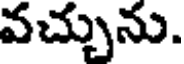
వచ్చును.